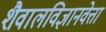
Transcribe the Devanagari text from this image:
शैवालविज्ञानवेत्ता